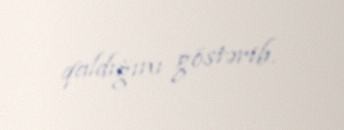
qaldığını göstərib.